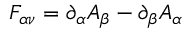
F _ { \alpha \nu } = \partial _ { \alpha } A _ { \beta } - \partial _ { \beta } A _ { \alpha }